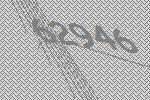
62946